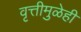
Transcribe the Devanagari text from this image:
वृत्तीमुळेही